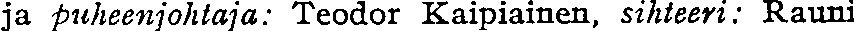
ja puheenjohtaja: Teodor Kaipiainen, sihteeri: Rauni